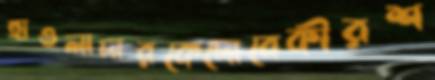
হাওলাদারকেদোবেকীরশ